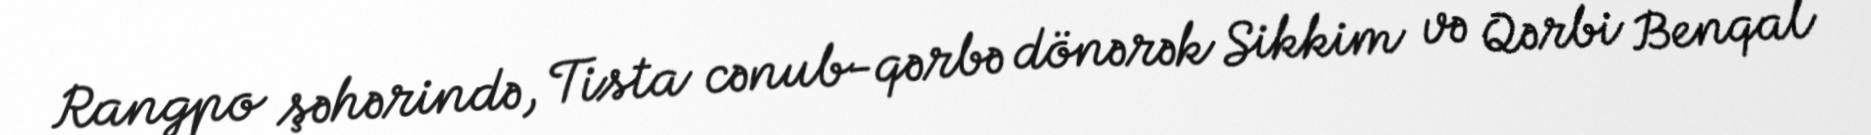
Rangpo şəhərində, Tista cənub-qərbə dönərək Sikkim və Qərbi Benqal